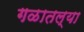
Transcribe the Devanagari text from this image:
गळातल्या